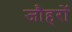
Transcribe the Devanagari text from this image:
जौहरों